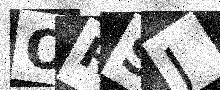
Text: ORSJ